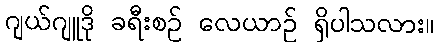
ဂျယ်ဂျူဒို ခရီးစဉ် လေယာဉ် ရှိပါသလား။